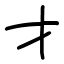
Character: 才